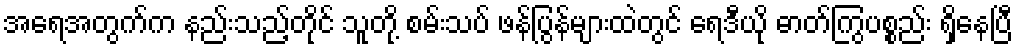
အရေအတွက်က နည်းသည့်တိုင် သူတို့ စမ်းသပ် ဖန်ပြွန်များထဲတွင် ရေဒီယို ဓာတ်ကြွပစ္စည်း ရှိနေပြီ